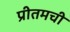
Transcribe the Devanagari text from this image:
प्रीतमची